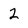
Character: 2